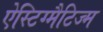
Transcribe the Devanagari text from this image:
ऐस्टिग्मैटिज्म